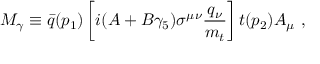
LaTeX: M _ { \gamma } \equiv \bar { q } ( p _ { 1 } ) \left[ i ( A + B \gamma _ { 5 } ) \sigma ^ { \mu \nu } \frac { q _ { \nu } } { m _ { t } } \right] t ( p _ { 2 } ) A _ { \mu } \ ,